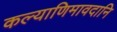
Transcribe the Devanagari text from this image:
कल्याणिमावदानि